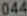
044